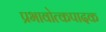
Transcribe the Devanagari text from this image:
प्रभावोत्कपादक